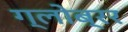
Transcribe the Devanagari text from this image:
ग्लोब्रर